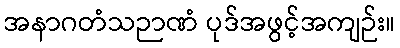
အနာဂတံသဉာဏံ ပုဒ်အဖွင့်အကျဉ်း။